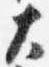
大